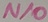
Text: N/O